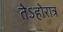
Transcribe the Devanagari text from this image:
तेऽहोरात्र